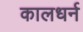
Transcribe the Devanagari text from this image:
कालधर्न